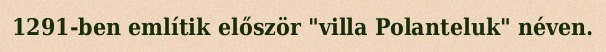
1291-ben említik először "villa Polanteluk" néven.